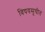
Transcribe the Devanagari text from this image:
विषयसूचीत